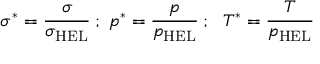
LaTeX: \sigma ^ { * } = { \cfrac { \sigma } { \sigma _ { \mathrm { { H E L } } } } } ~ ; ~ p ^ { * } = { \cfrac { p } { p _ { \mathrm { { H E L } } } } } ~ ; ~ ~ T ^ { * } = { \cfrac { T } { p _ { \mathrm { { H E L } } } } }